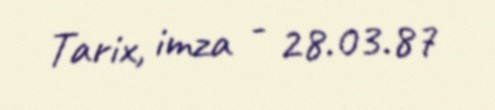
Tarix, imza - 28.03.87